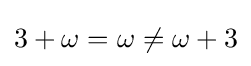
3+\omega =\omega \neq \omega +3